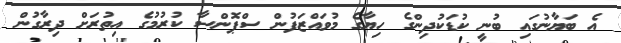
އެ ބަޔާނުގައި ބުނީ ކުޑަކުދިންގެ ހިޔާގެ މުވައްޒަފުން ސްޕޮންސާ ކުރުމުގެ އިތުރަށް ދިރާގުން